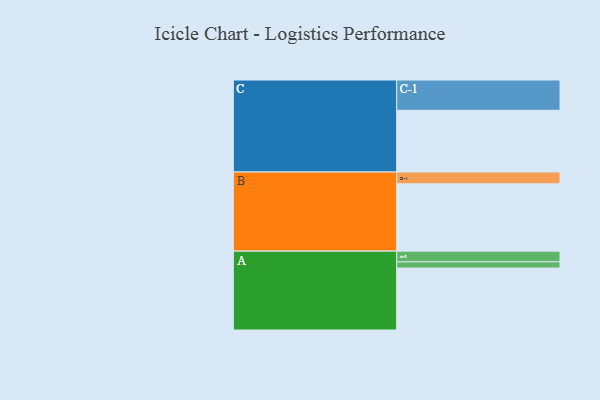
{"axis": {"x": "Segment", "y": "Value"}, "legend": ["", "A", "B", "C"], "data": [{"x": "A", "y": 509, "type": ""}, {"x": "B", "y": 553, "type": ""}, {"x": "C", "y": 507, "type": ""}, {"x": "A-1", "y": 51, "type": "A"}, {"x": "A-2", "y": 88, "type": "A"}, {"x": "B-1", "y": 97, "type": "B"}, {"x": "C-1", "y": 249, "type": "C"}]}